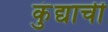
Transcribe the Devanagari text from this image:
कुंद्याचीं